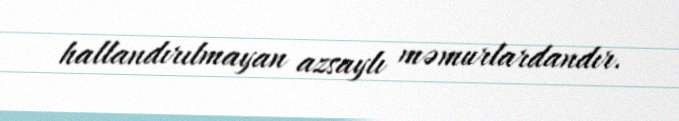
hallandırılmayan azsaylı məmurlardandır.